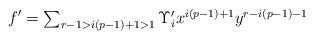
\begin{align*}f' \textstyle = \sum_{r - 1 > i(p-1) + 1 > 1} \Upsilon_i' x^{i(p-1)+1}y^{r-i(p-1)-1}\end{align*}